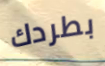
بطردك